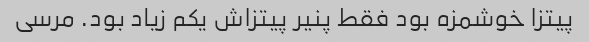
پیتزا خوشمزه بود فقط پنیر پیتزاش یکم زیاد بود. مرسی